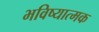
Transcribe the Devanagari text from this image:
भविष्यात्मक